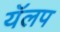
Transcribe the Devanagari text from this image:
यॅलप